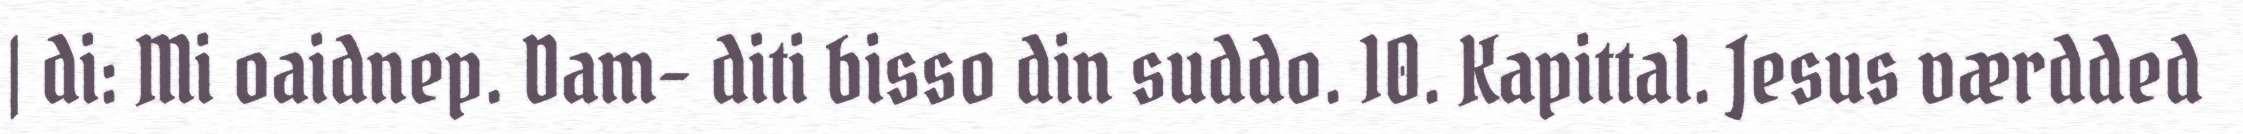
| di: Mi oaidnep. Dam- diti bisso din suddo. 10. Kapittal. Jesus værdded